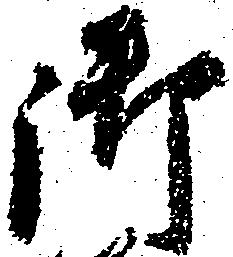
御